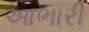
આભારી